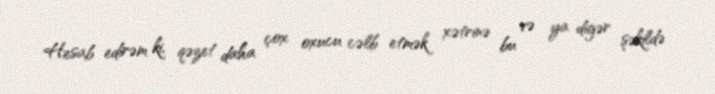
Hesab edirəm ki, qəzet daha çox oxucu cəlb etmək xətrinə bu və ya digər şəkildə